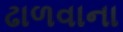
ઢાળવાના